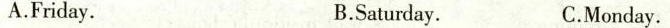
A.Friday. B.Saturday. C.Monday.